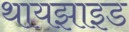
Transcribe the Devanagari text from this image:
थायझाइड